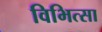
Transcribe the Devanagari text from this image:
विभित्सा